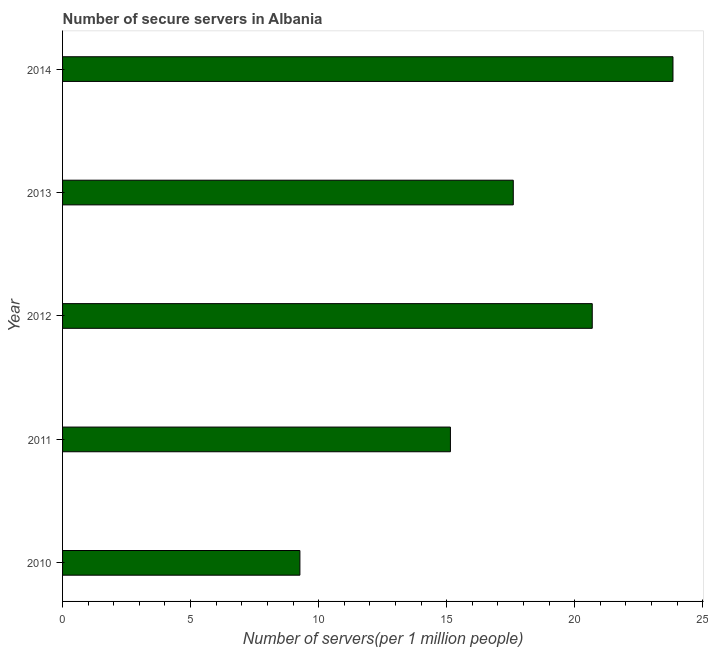
| Year | Secure Internet servers |
 | --- | --- |
 | 2010 | 9.27 |
 | 2011 | 15.1 |
 | 2012 | 20.7 |
 | 2013 | 17.6 |
 | 2014 | 23.8 |